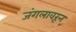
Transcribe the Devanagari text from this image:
जंगलावरून